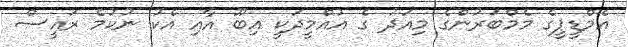
އެމްޑީޕީގެ މެމްބަރުންގެ މިއަދު ގެ އުއްމީދަކީ އިބޫ އާއި އެކު ނުކުމެ ރައީސް